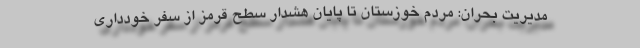
مدیریت بحران: مردم خوزستان تا پایان هشدار سطح قرمز از سفر خودداری